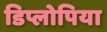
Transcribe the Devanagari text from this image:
डिप्लोपिया